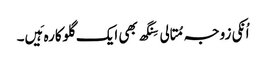
اُنکی زوجہ مِتالی سِنگھ بھی ایک گلوکارہ ہَیں۔